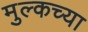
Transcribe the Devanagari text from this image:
मुल्कच्या